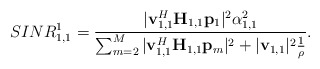
\begin{align*}SINR^1_{1,1} = \frac{|\mathbf{v}_{1,1}^H\mathbf{H}_{1,1}\mathbf{p}_1 |^2 \alpha_{1,1}^2 }{ \sum_{m=2}^{M}|\mathbf{v}_{1,1}^H\mathbf{H}_{1,1}\mathbf{p}_{m}|^2 +|\mathbf{v}_{1,1}|^2\frac{1}{\rho}}.\end{align*}